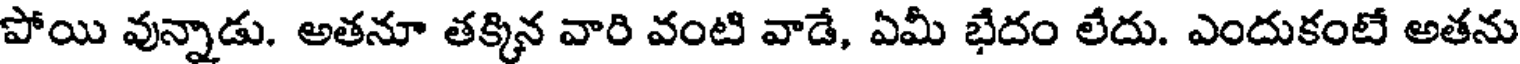
పోయి వున్నాడు. అతనూ తక్కిన వారి వంటి వాడే, ఏమీ భేదం లేదు. ఎందుకంటే అతను